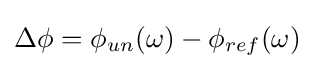
\Delta \phi =\phi _{un}(\omega )-\phi _{ref}(\omega )